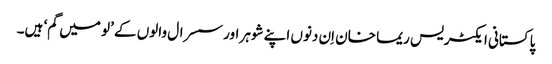
پاکستانی ایکٹریس ریما خان اِن دنوں اپنے شوہر اور سسرال والوں کے ’لو میں گم‘ ہیں۔